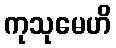
ကုသုမေဟိ